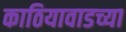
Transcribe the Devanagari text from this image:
काठियावाडच्या